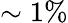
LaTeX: \sim 1\%